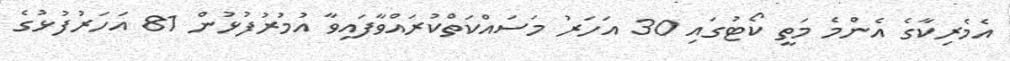
އެމެރިކާގެ އެންމެ މަތީ ކޯޓުގައި 30 އަހަރު މަސައްކަތްކުރައްވާފައިވާ އުމުރުފުޅުން 81 އަހަރުފުޅުގެ